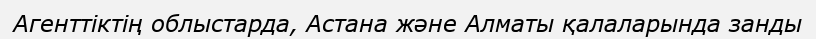
Агенттіктің облыстарда, Астана және Алматы қалаларында занды